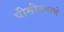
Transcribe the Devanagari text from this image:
पीसीप्रमाणे